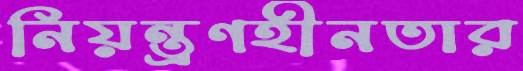
নিয়ন্ত্রণহীনতার